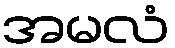
အမလံ